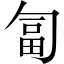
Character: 匐